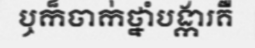
ឬក៏ចាក់ថ្នាំបង្ការគឺ